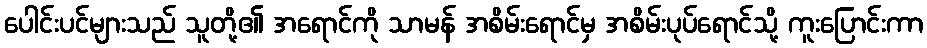
ပေါင်းပင်များသည် သူတို့၏ အရောင်ကို သာမန် အစိမ်းရောင်မှ အစိမ်းပုပ်ရောင်သို့ ကူးပြောင်းကာ